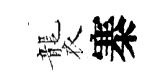
襲寨